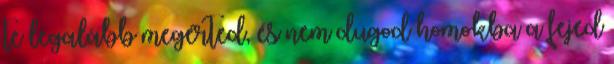
te legalább megérted, és nem dugod homokba a fejed